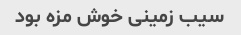
سیب زمینی خوش مزه بود